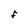
Character: F